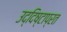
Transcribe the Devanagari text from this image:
उद्दिष्टाप्रत